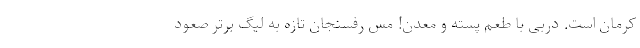
کرمان است. دربی با طعم پسته و معدن! مس رفسنجان تازه به لیگ برتر صعود